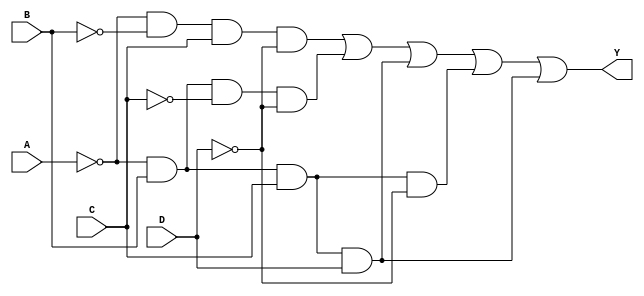
module combinational_logic_block (
    input wire A,  // Input variable A
    input wire B,  // Input variable B
    input wire C,  // Input variable C
    input wire D,  // Input variable D
    output wire Y  // Output variable Y
);

// Define the minterms for the desired function
// For example, let's say the function is defined by minterms: 1, 2, 5, 6, 7
// Minterms: 1 (0001), 2 (0010), 5 (0101), 6 (0110), 7 (0111)
wire m1 = (~A & ~B &  C & ~D);  // minterm 1
wire m2 = (~A &  B & ~C & ~D);  // minterm 2
wire m5 = (~A &  B &  C &  D);  // minterm 5
wire m6 = (~A &  B &  C & ~D);  // minterm 6
wire m7 = (~A &  B &  C &  D);  // minterm 7

// Identify essential prime implicants
// In this example, we can directly combine the minterms that contribute to the output
assign Y = m1 | m2 | m5 | m6 | m7;

endmodule